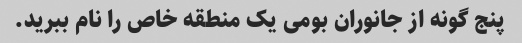
پنج گونه از جانوران بومی یک منطقه خاص را نام ببرید.